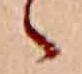
ゝ